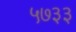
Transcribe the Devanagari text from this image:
५७३३